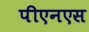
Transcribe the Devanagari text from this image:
पीएनएस